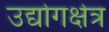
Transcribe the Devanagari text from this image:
उद्योगक्षेत्र